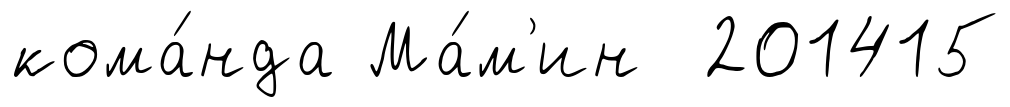
кома́нда Ма́м'ин 201415